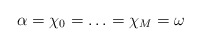
\begin{align*}\alpha=\chi_0=\ldots=\chi_M=\omega\end{align*}